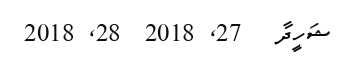
ޝަހީދާ   27